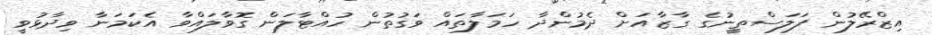
އިޒްރޭލުން ފަލަސްތީނުގެ ގާޒާއަށް ދެމުންދާ ހަމަލާތައް ވަގުތުން ހުއްޓާލަން ގޮވާލައްވާ އެކަމަނާ ވިދާޅުވީ